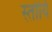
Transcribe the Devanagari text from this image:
स्तोर्यि